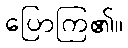
ပြောကြ၏။